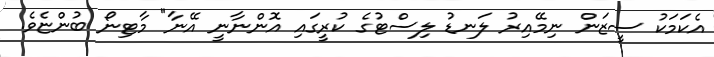
އެކަމަކު ސީޒަން ނިމޭއިރު ލަނޑު ލިސްޓުގެ ކުރީގައި އޮންނާނީ އޭނާ" މާޓިނޯ ބުންޏެވެ.